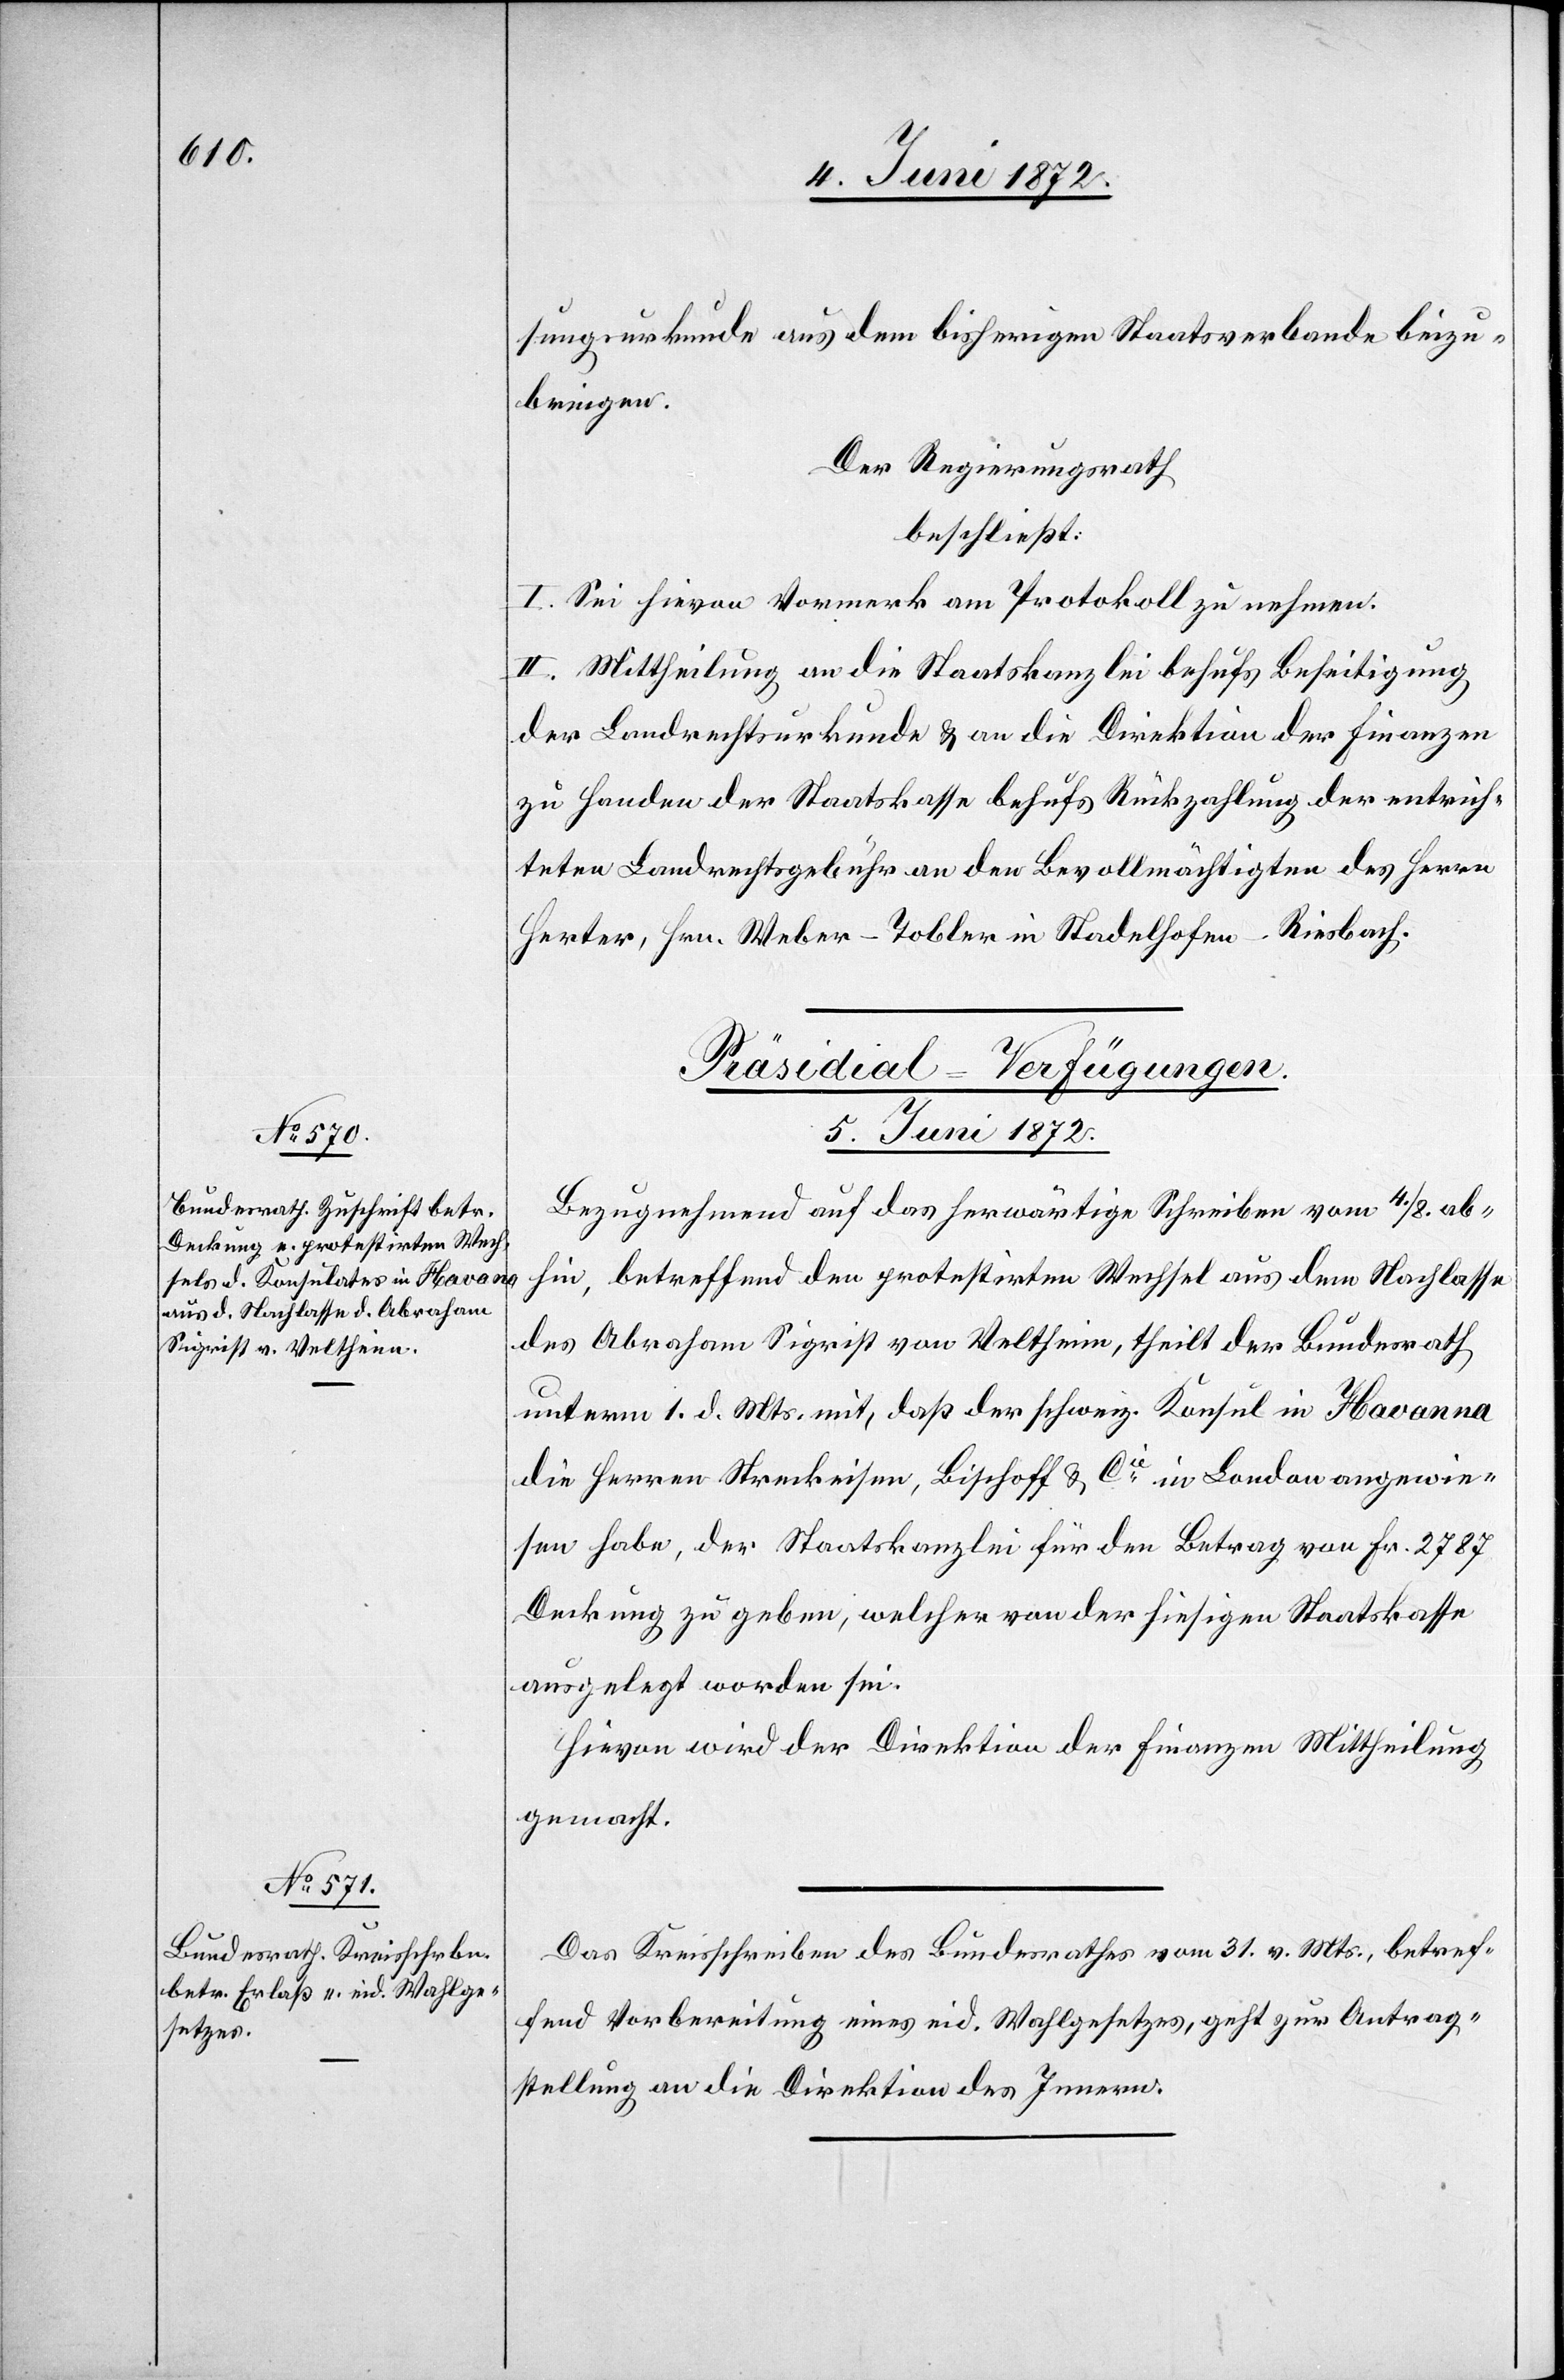
sungsurkunde aus dem bisherigen Staatsverbande beizu¬
bringen.
Der Regierungsrath
beschließt:
I. Sei hievon Vormerk am Protokoll zu nehmen.
II. Mittheilung an die Staatskanzlei behufs Beseitigung
der Landrechtsurkunde u. an die Direktion der Finanzen
zu Handen der Staatskasse behufs Rückzahlung der entrich¬
teten Landrechtsgebühr an den Bevollmächtigten des Herrn
Herter, Hrn. Weber – Tobler in Stadelhofen – Riesbach.
[Präsidial-Verfügungen.
5. Juni 1872.]
Bezugnehmend auf das herwärtige Schreiben vom 4./8. ab¬
hin, betreffend den protestirten Wechsel aus dem Nachlasse
des Abraham Sigrist von Veltheim, theilt der Bundesrath
unterm 1. d. Mts. mit, daß der schweiz. Konsul in Havanna
die Herren Streckeisen, Bischoff u. Cie in London angewie¬
sen habe, der Staatskanzlei für den Betrag von Fr. 2787
Deckung zu geben, welcher von der hiesigen Staatskasse
ausgelegt worden sei.
Hievon wird der Direktion der Finanzen Mittheilung
gemacht.
Das Kreisschreiben des Bundesrathes vom 31. v. Mts., betref¬
fend Vorbereitung eines eid. Wahlgesetzes, geht zur Antrag¬
stellung an die Direktion des Innern.